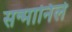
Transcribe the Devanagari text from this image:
सन्मानिले